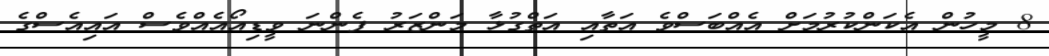
8 މީހުން އެކަންކުރުމަށް އެއްބަސްްވެ އަތާއި އަތްގުޅާ މަންޒަރު ފެންނަ ވީޑިއޯއެއްވެސް އައިއެސްގެ